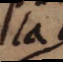
la